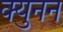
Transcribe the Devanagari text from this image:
क्युनन